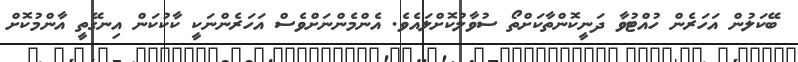
ބޭކަލުން އަހަރެން ހުއްޓުވާ ދަނީކޮންތާކަށްތޯ ސުވާލުކޮށްލައެވެ. އެންމެންނަށްވެސް އަހަރެންނަކީ ކާކުކަން އިނގޭތީ އާންމުކޮށް